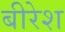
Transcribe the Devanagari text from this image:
बीरेश